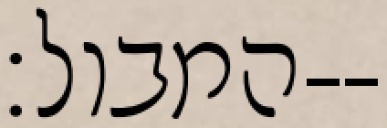
המבול׃--